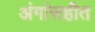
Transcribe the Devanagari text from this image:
अंगांसहीत